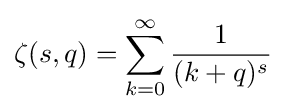
\zeta (s,q)=\sum _{k=0}^{\infty }{\frac {1}{(k+q)^{s}}}